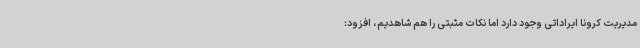
مدیریت کرونا ایراداتی وجود دارد اما نکات مثبتی را هم شاهدیم، افزود: